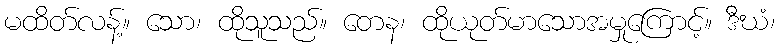
မထိတ်လန့်။ သော၊ ထိုသူသည်။ တေန၊ ထိုယုတ်မာသောအမှုကြောင့်။ ဒီဃံ၊